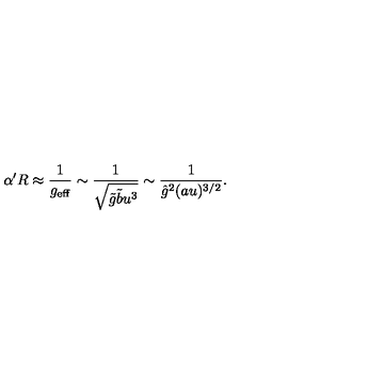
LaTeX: \alpha ^ { \prime } R \approx \frac { 1 } { g _ { \mathrm { e f f } } } \sim \frac { 1 } { \sqrt { \tilde { g } \tilde { b } u ^ { 3 } } } \sim \frac { 1 } { { \hat { g } } ^ { 2 } ( a u ) ^ { 3 / 2 } } .